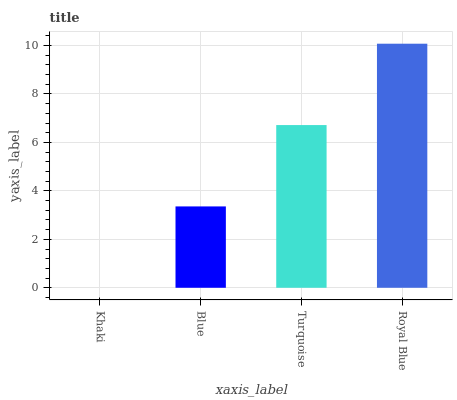
| xaxis_label | bars |
 | --- | --- |
 | Khaki | 0 |
 | Blue | 3.36 |
 | Turquoise | 6.72 |
 | Royal Blue | 10.1 |